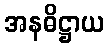
အနဓိဋ္ဌာယ